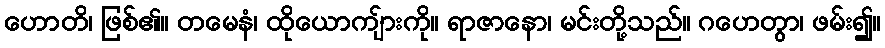
ဟောတိ၊ ဖြစ်၏။ တမေနံ၊ ထိုယောကျ်ားကို။ ရာဇာနော၊ မင်းတို့သည်။ ဂဟေတွာ၊ ဖမ်း၍။